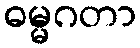
ဓမ္မဂတာ